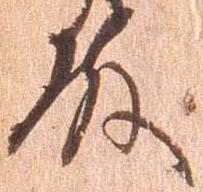
殿